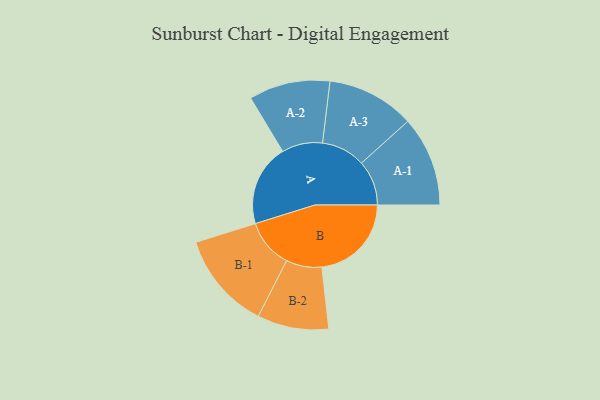
{"axis": {"x": "Segment", "y": "Value"}, "legend": ["", "A", "B"], "data": [{"x": "A", "y": 448, "type": ""}, {"x": "B", "y": 491, "type": ""}, {"x": "A-1", "y": 247, "type": "A"}, {"x": "A-2", "y": 223, "type": "A"}, {"x": "A-3", "y": 241, "type": "A"}, {"x": "B-1", "y": 268, "type": "B"}, {"x": "B-2", "y": 196, "type": "B"}]}